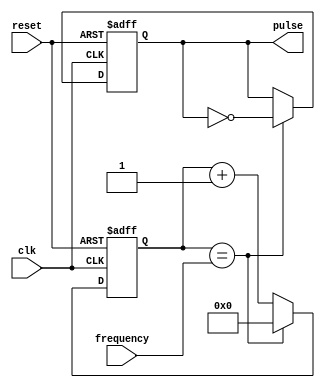
module VariableFrequencyPulseGenerator (
    input wire clk,
    input wire reset,
    input wire [7:0] frequency,
    output reg pulse
);

reg [7:0] count;

always @(posedge clk or posedge reset) begin
    if (reset) begin
        count <= 8'b00000000;
        pulse <= 1'b0;
    end else begin
        if (count == frequency) begin
            count <= 8'b00000000;
            pulse <= ~pulse;
        end else begin
            count <= count + 1;
        end
    end
end

endmodule